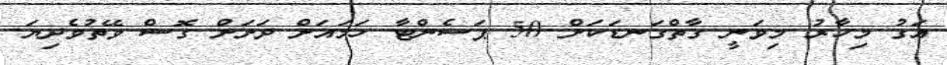
އަގު މިހާރު މިވަނީ ގާތްގަނޑަކަށް 50 ޕަސެންޓާ ހަމައަށް ދަށަށް ގޮސް ވޭތުވެދިޔަ